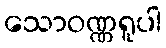
သောဝဏ္ဏရူပါ